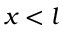
x < l